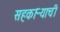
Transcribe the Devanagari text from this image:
सहकाऱ्याची